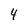
Character: 4